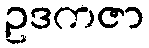
ဥဒကဇာ